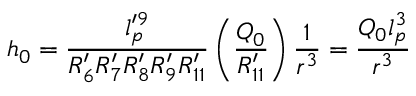
h _ { 0 } = \frac { l _ { p } ^ { \prime 9 } } { R _ { 6 } ^ { \prime } R _ { 7 } ^ { \prime } R _ { 8 } ^ { \prime } R _ { 9 } ^ { \prime } R _ { 1 1 } ^ { \prime } } \left( \frac { Q _ { 0 } } { R _ { 1 1 } ^ { \prime } } \right) \frac { 1 } { r ^ { 3 } } = \frac { Q _ { 0 } l _ { p } ^ { 3 } } { r ^ { 3 } }